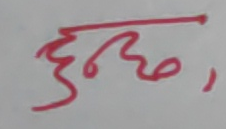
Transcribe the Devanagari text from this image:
हुन्छ,